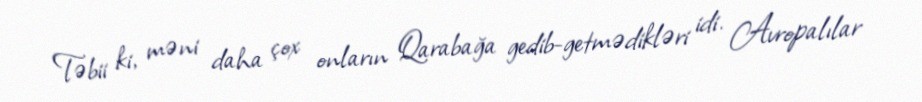
Təbii ki, məni daha çox onların Qarabağa gedib-getmədikləri idi. Avropalılar